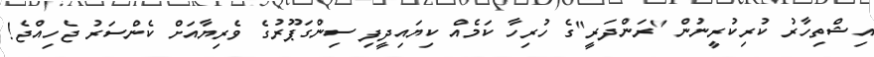
އިޝްތިހާރު ކުރިކުރީނުން "ރަންދަރީ"ގެ ހުރިހާ ކަމެއް ކިޔައިދީފި ސިންގަޕޫރުގެ ވެރިޔާއަށް ކެންސަރު ޖެހިއްޖެ!